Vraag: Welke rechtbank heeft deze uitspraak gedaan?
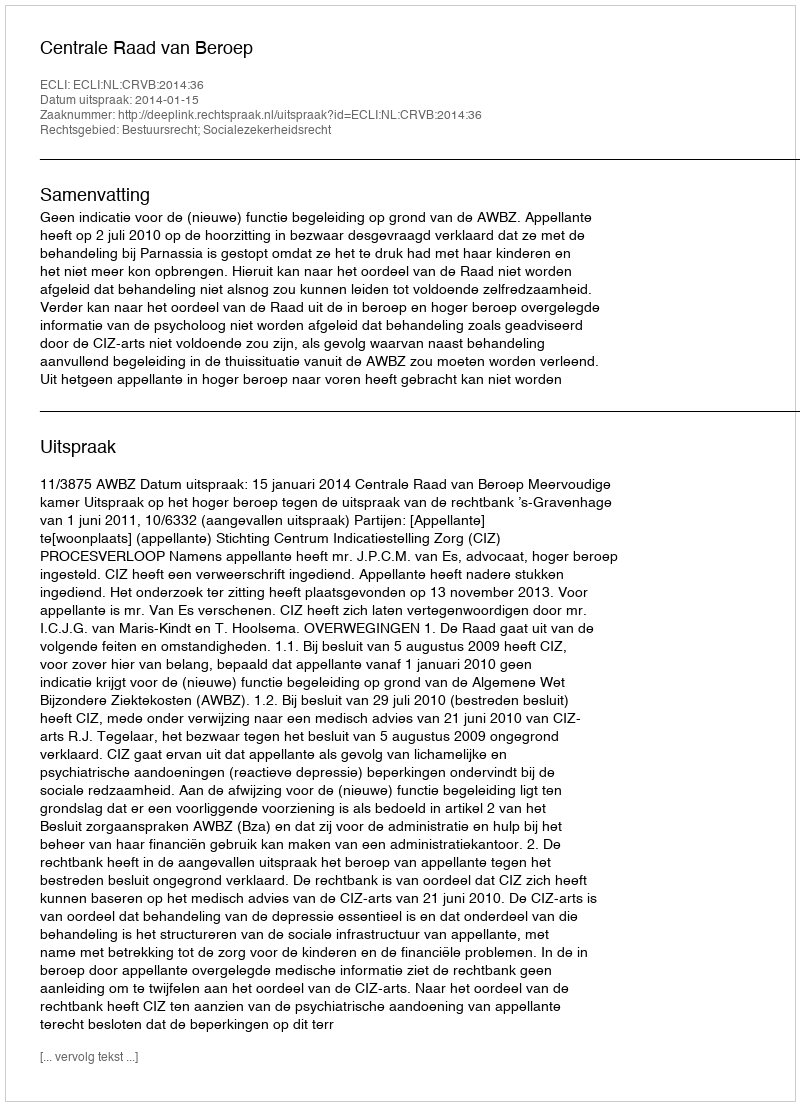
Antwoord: Centrale Raad van Beroep